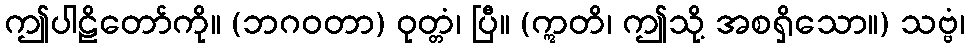
ဤပါဠိတော်ကို။ (ဘဂဝတာ) ဝုတ္တံ၊ ပြီ။ (ဣတိ၊ ဤသို့ အစရှိသော။) သဗ္ဗံ၊